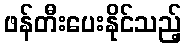
ဖန်တီးပေးနိုင်သည့်